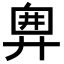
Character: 𢍘